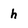
Character: h